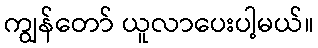
ကျွန်တော် ယူလာပေးပါ့မယ်။